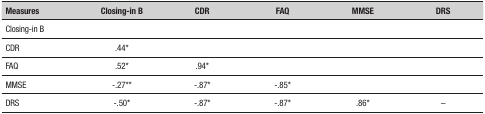
<table><thead><tr><td><b>Measures</b></td><td><b>Closing-inB</b></td><td><b>CDR</b></td><td><b>FAQ</b></td><td><b>MMSE</b></td><td><b>DRS</b></td></tr></thead><tbody><tr><td>Closing-in B</td><td> </td><td> </td><td> </td><td> </td><td> </td></tr><tr><td>CDR</td><td>.44*</td><td> </td><td> </td><td> </td><td> </td></tr><tr><td>FAQ</td><td>.52*</td><td>.94*</td><td> </td><td> </td><td> </td></tr><tr><td>MMSE</td><td>-.27**</td><td>-.87*</td><td>-.85*</td><td> </td><td> </td></tr><tr><td>DRS</td><td>-.50*</td><td>-.87*</td><td>-.87*</td><td>.86*</td><td>-</td></tr></tbody></table>